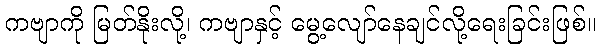
ကဗျာကို မြတ်နိုးလို့၊ ကဗျာနှင့် မွေ့လျော်နေချင်လို့ရေးခြင်းဖြစ်။